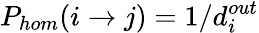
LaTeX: P_{hom}(i\xrightarrow{}j)=1/d_{i}^{out}